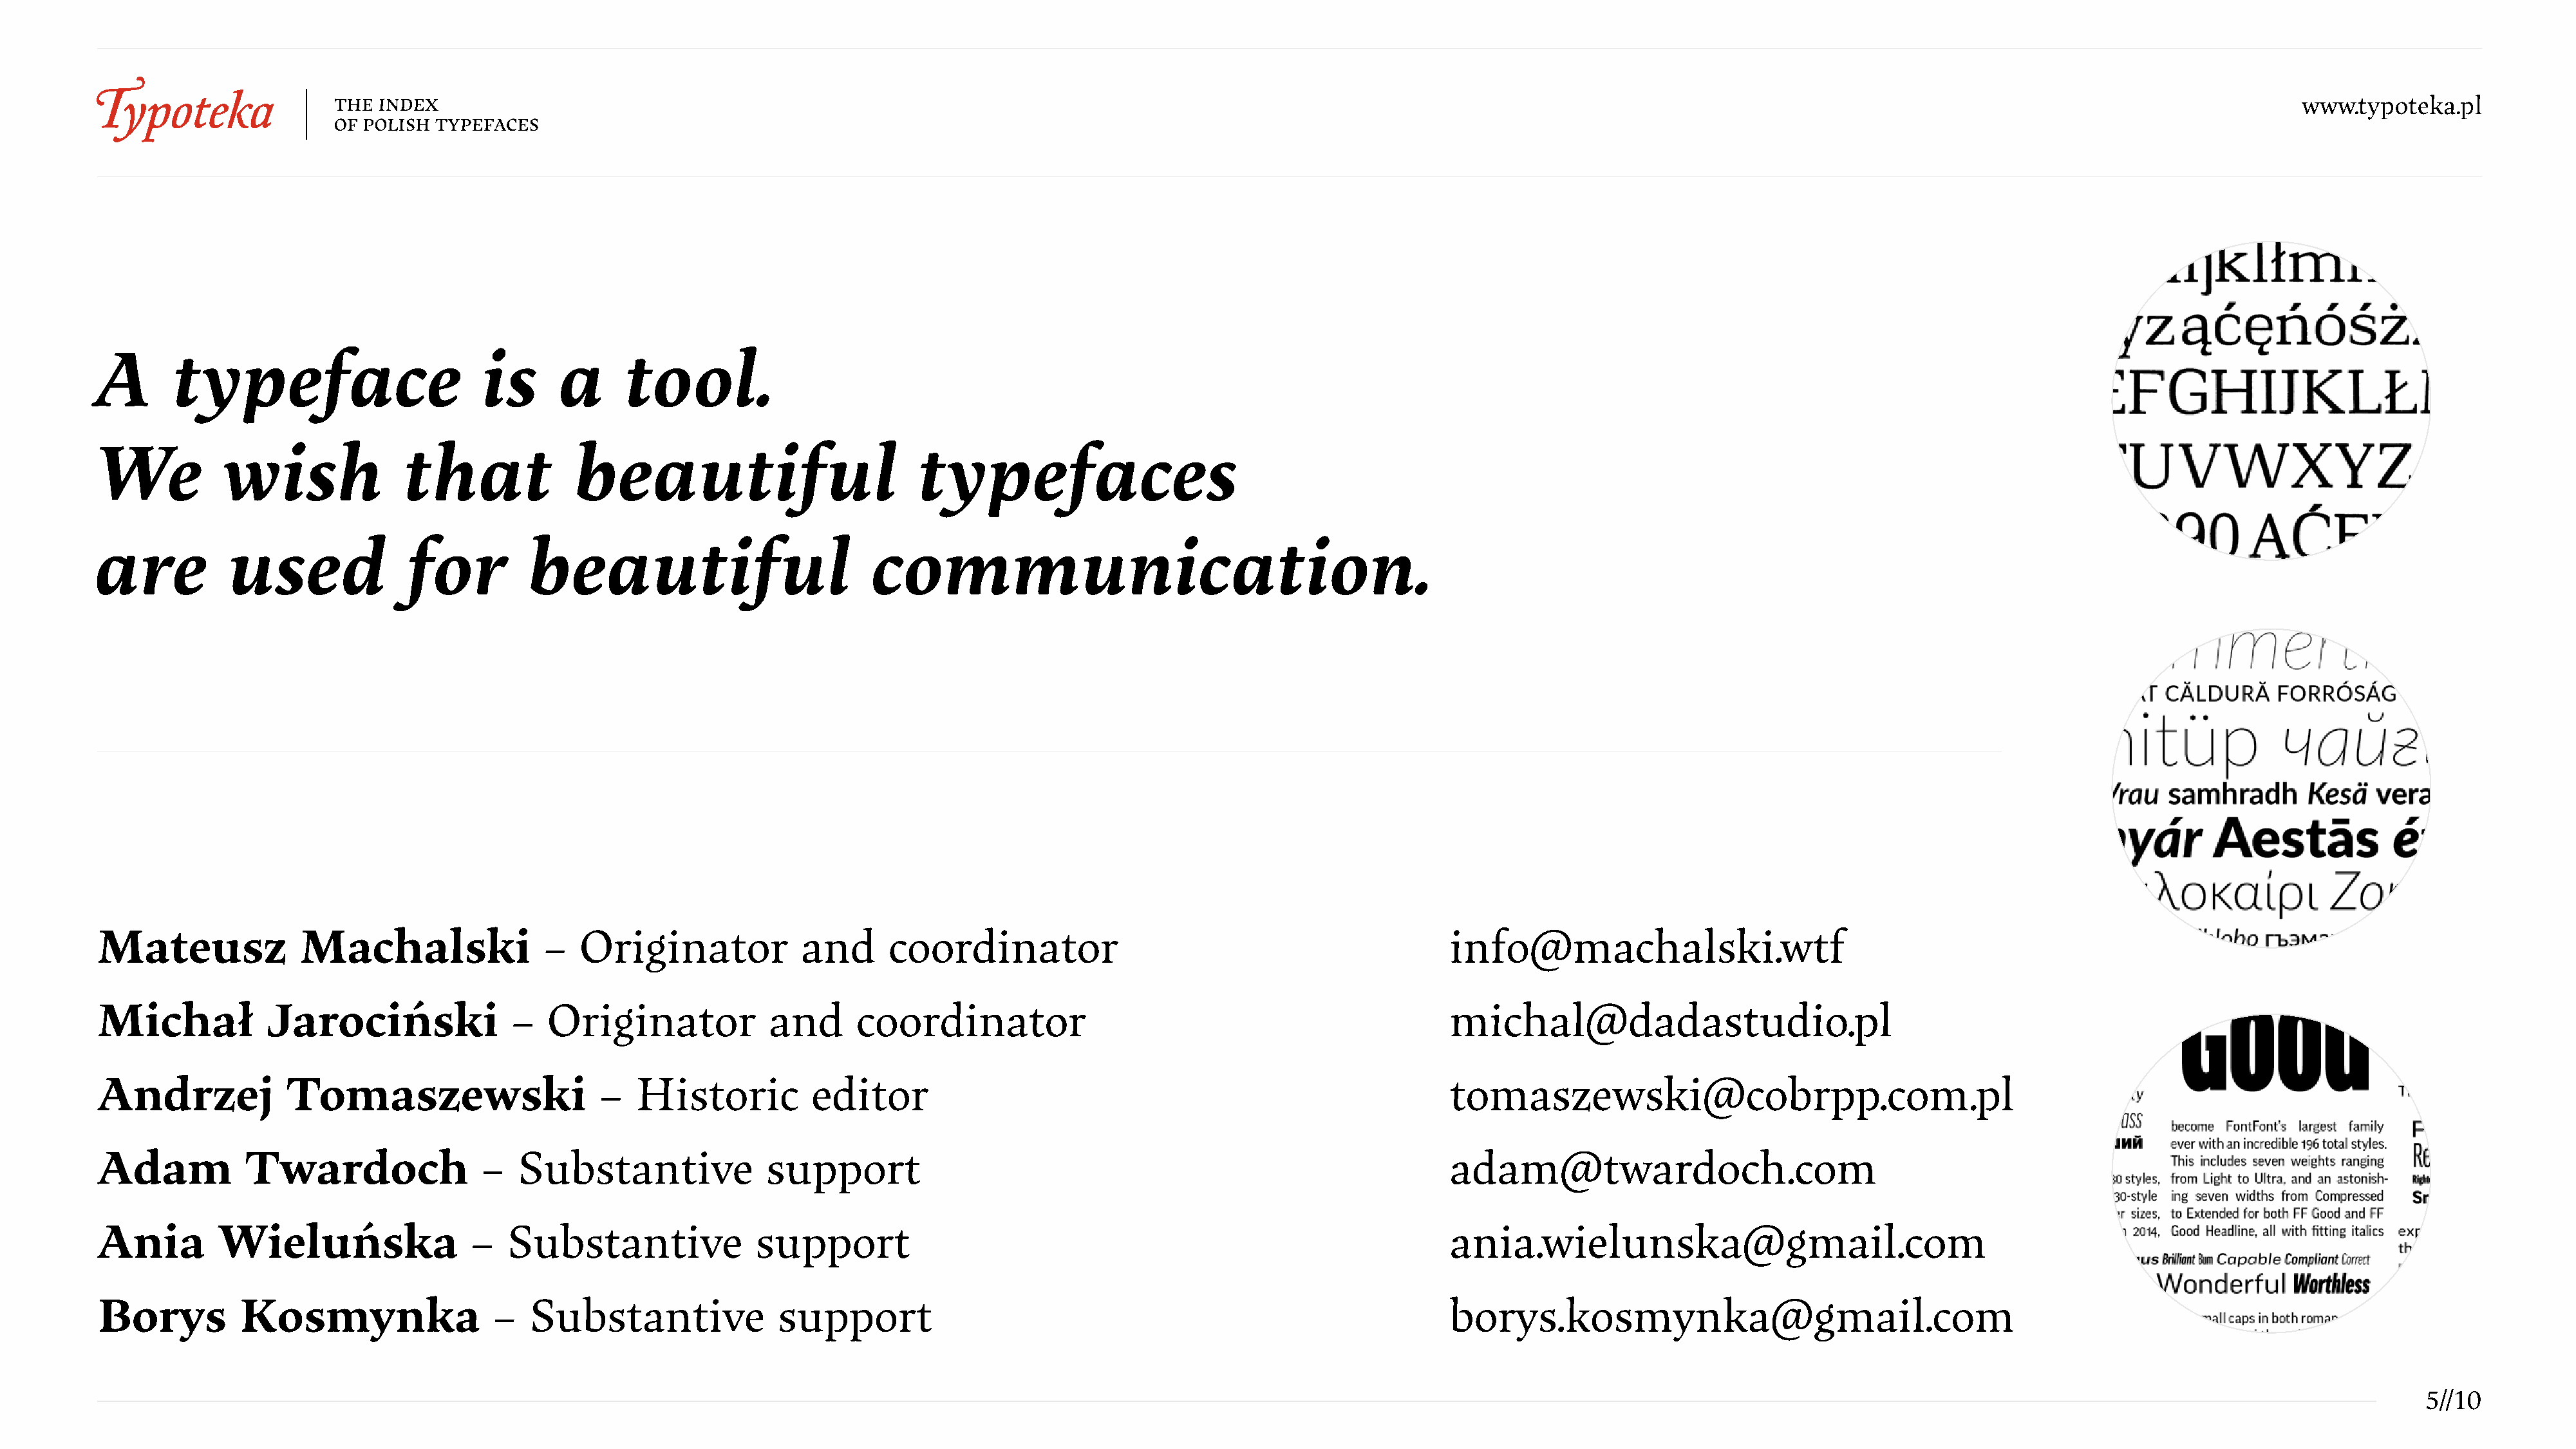
www.typoteka.pl
 A       typeface                        is     a      tool.
 We           wish              that              beautiful                          typefaces
 are          used               for         beautiful                           communication.
 Mateusz              Machalski                –   Originator            and      coordinator                                               info@machalski.wtf
 Michał           Jarociński                –  Originator             and      coordinator                                                  michal@dadastudio.pl
 Andrzej            Tomaszewski                      –  Historic          editor                                                            tomaszewski@cobrpp.com.pl
 Adam           Twardoch                –   Substantive               support                                                               adam@twardoch.com
 Ania        Wieluńska                 –   Substantive               support                                                                ania.wielunska@gmail.com
 Borys          Kosmynka                  –  Substantive               support                                                              borys.kosmynka@gmail.com
 5//10